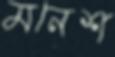
মনেশ